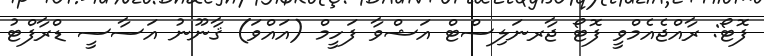
ފޮޓޯ: ރާއްޖެއެމްވީ ފޮޓޯ ޖާރނަލިސްޓް އަޝްވާ ފަހީމް (އައްވަ) ޤާނޫނު އަސާސީ ޑްރާފްޓު